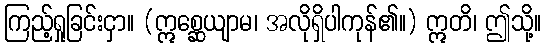
ကြည့်ရှုခြင်းငှာ။ (ဣစ္ဆေယျာမ၊ အလိုရှိပါကုန်၏။) ဣတိ၊ ဤသို့။